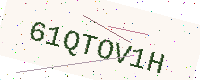
Text: 61QTOV1H